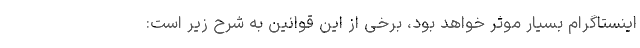
اینستاگرام بسیار موثر خواهد بود، برخی از این قوانین به شرح زیر است: